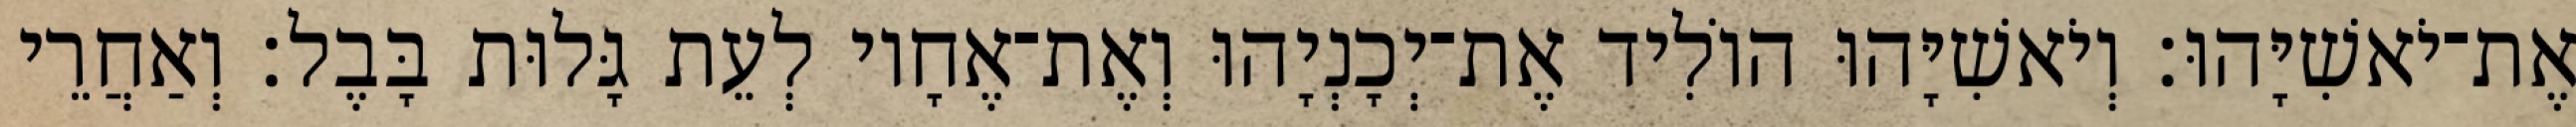
אֶת־יֹאשִׁיָּהוּ׃ וְיֹאשִׁיָּהוּ הוֹלִיד אֶת־יְכָנְיָהוּ וְאֶת־אֶחָיו לְעֵת גָּלוּת בָּבֶל׃ וְאַחֲרֵי